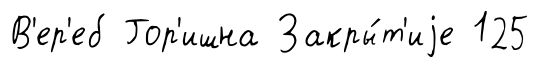
В'ер'еб Гор'ишна Закры́т'иjе 125